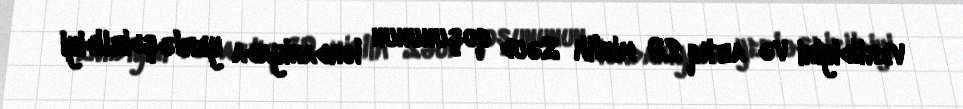
verildiyini və artıq 20 minlik Səud qoşununun İordaniyada yerləşdirildiyi